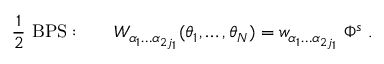
{ \frac { 1 } { 2 } } \mathrm { ~ B P S : } \qquad W _ { \alpha _ { 1 } \ldots \alpha _ { 2 j _ { 1 } } } ( \theta _ { 1 } , \ldots , \theta _ { N } ) = w _ { \alpha _ { 1 } \ldots \alpha _ { 2 j _ { 1 } } } \; \Phi ^ { s } \; .